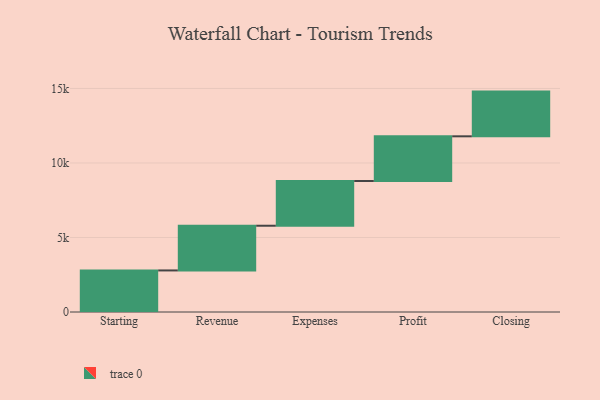
{"axis": {"x": "Step", "y": "Value"}, "legend": [""], "data": [{"x": "Starting", "y": 2789.0, "type": ""}, {"x": "Revenue", "y": 3000, "type": ""}, {"x": "Expenses", "y": 3000, "type": ""}, {"x": "Profit", "y": 3000, "type": ""}, {"x": "Closing", "y": 3000, "type": ""}]}